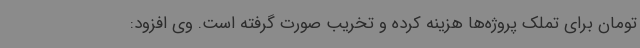
تومان برای تملک پروژه‌ها هزینه کرده و تخریب صورت گرفته است. وی افزود: